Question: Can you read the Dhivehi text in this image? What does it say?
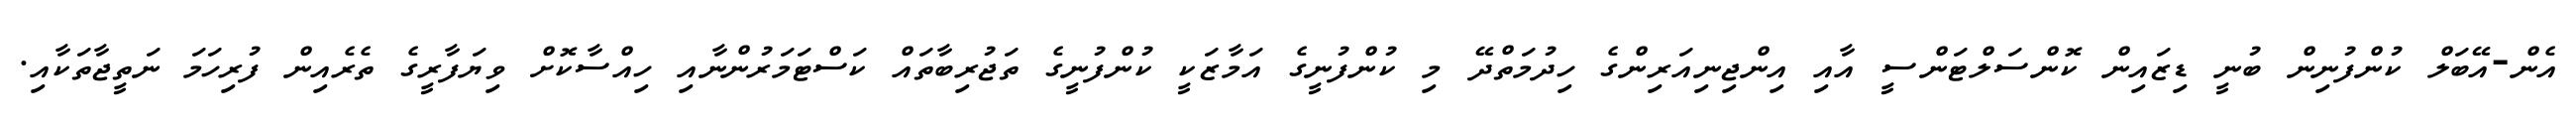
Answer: އެން-އޭބަލް ކުންފުނިން ބުނީ ޑިޒައިން ކޮންސަލްޓަންސީ އާއި އިންޖިނިއަރިންގެ ހިދުމަތްދޭ މި ކުންފުނީގެ އަމާޒަކީ ކުންފުނީގެ ތަޖުރިބާތައް ކަސްޓަމަރުންނާއި ހިއްސާކޮށް ވިޔަފާރީގެ ތެރެއިން ފުރިހަމަ ނަތީޖާތަކާއި.